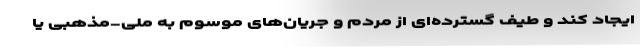
ایجاد کند و طیف گسترده‌ای از مردم و جریان‌های موسوم به ملی-مذهبی یا